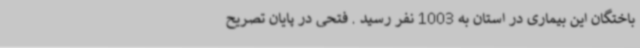
باختگان این بیماری در استان به 1003 نفر رسید . فتحی در پایان تصریح